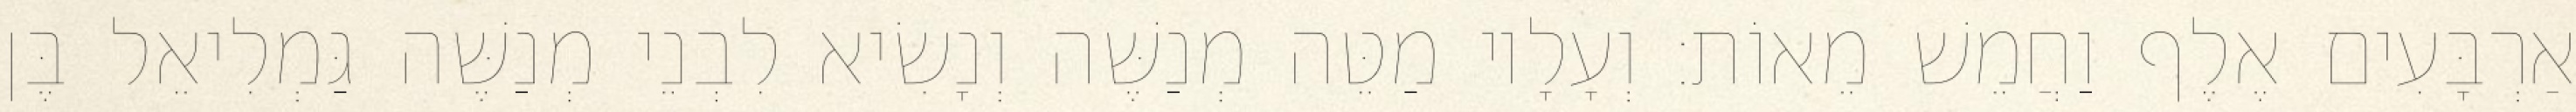
אַרְבָּעִים אֶלֶף וַחֲמֵשׁ מֵאוֹת׃ וְעָלָיו מַטֵּה מְנַשֶּׁה וְנָשִׂיא לִבְנֵי מְנַשֶּׁה גַּמְלִיאֵל בֶּן